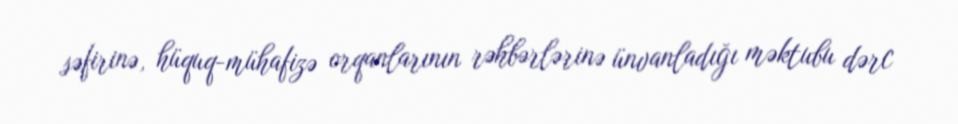
səfirinə, hüquq-mühafizə orqanlarının rəhbərlərinə ünvanladığı məktubu dərc